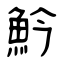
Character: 䰼